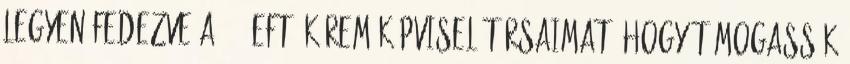
legyen fedezve a 350 eFt. Kérem képviselőtársaimat, hogy támogassák